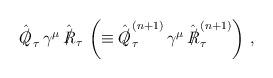
LaTeX: \begin{align*}\hat{{Q\kern-0.1em\raise0.3ex\llap{/}\kern0.15em\relax}}_\tau \, \gamma^\mu \, \hat{{R\kern-0.1em\raise0.3ex\llap{/}\kern0.15em\relax}}_\tau \, \left( \equiv \hat{{Q\kern-0.1em\raise0.3ex\llap{/}\kern0.15em\relax}}_\tau^{(n + 1)} \, \gamma^\mu \, \hat{{R\kern-0.1em\raise0.3ex\llap{/}\kern0.15em\relax}}_\tau^{(n + 1)} \right) \, ,\end{align*}